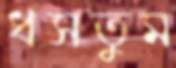
ধসতুম